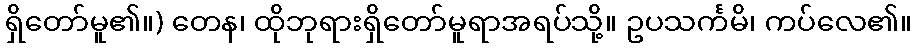
ရှိတော်မူ၏။) တေန၊ ထိုဘုရားရှိတော်မူရာအရပ်သို့။ ဥပသင်္ကမိ၊ ကပ်လေ၏။